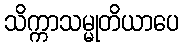
သိက္ကာသမ္မုတိယာပေ